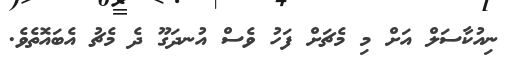
ނިއުކާސަލް އަށް މި މެޗަށް ފަހު ވެސް އުނދަގޫ ދެ މެޗު އެބައޮތެވެ.